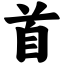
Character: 首